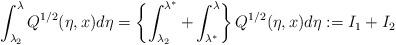
LaTeX: \begin{align*} \int_{\lambda_2}^{\lambda}Q^{1/2}(\eta,x) d \eta=\left\{\int_{\lambda_2}^{\lambda^*}+\int_{\lambda^*}^\lambda\right\}Q^{1/2}(\eta,x) d\eta:=I_1+I_2\end{align*}